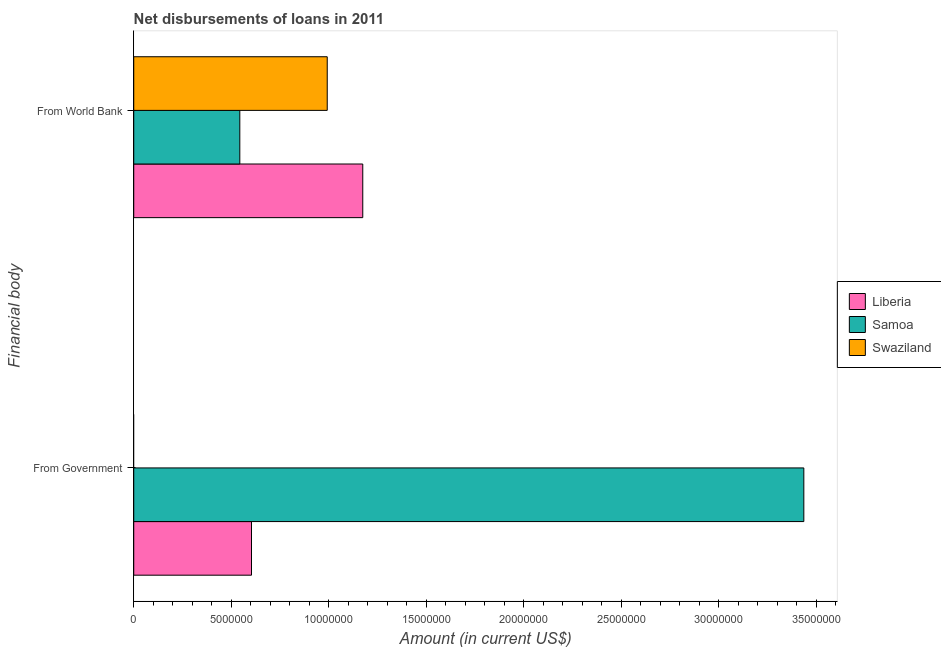
| Financial body | Liberia | Samoa | Swaziland |
 | --- | --- | --- | --- |
 | From Government | 6.04e+06 | 3.44e+07 | -3.92e+06 |
 | From World Bank | 1.17e+07 | 5.44e+06 | 9.92e+06 |